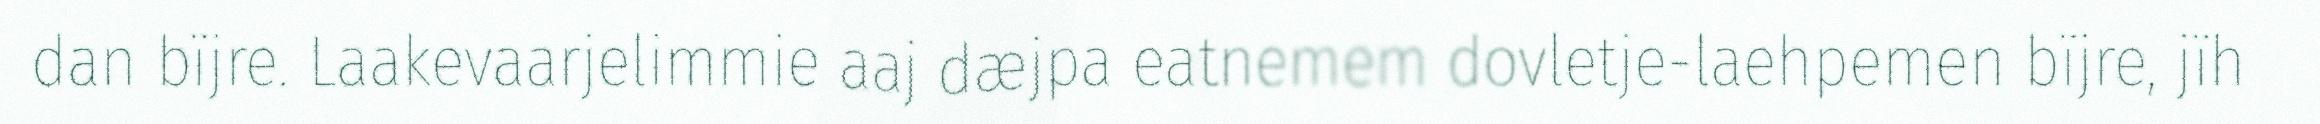
dan bïjre. Laakevaarjelimmie aaj dæjpa eatnemem dovletje-laehpemen bïjre, jïh